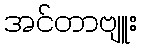
အင်တာဗျူး